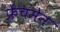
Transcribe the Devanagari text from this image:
फ्रेंचमेन